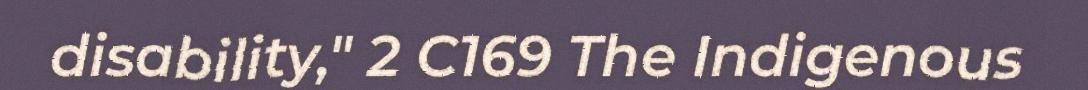
disability," 2 C169 The Indigenous